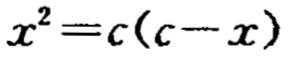
\(x^{2}=c(c - x)\)